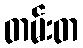
တမ်းတ